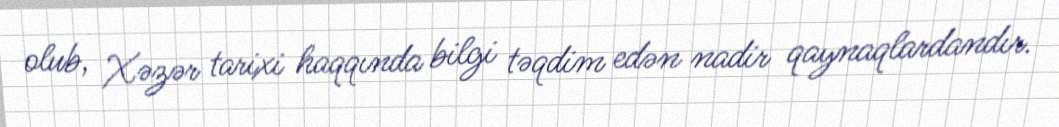
olub, Xəzər tarixi haqqında bilgi təqdim edən nadir qaynaqlardandır.